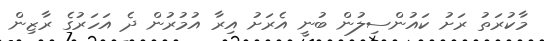
މާކުރަތު ރަށު ކައުންސިލުން ބުނީ އެރަށު އިރާ އުމުރުން ދެ އަހަރުގެ ރާޒިން